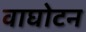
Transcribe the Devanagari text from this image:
वाघोटन